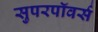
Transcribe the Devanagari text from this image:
सुपरपॉवर्स